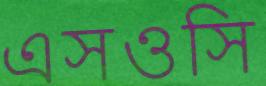
এসওসি